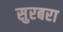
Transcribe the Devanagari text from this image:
सुरबरा